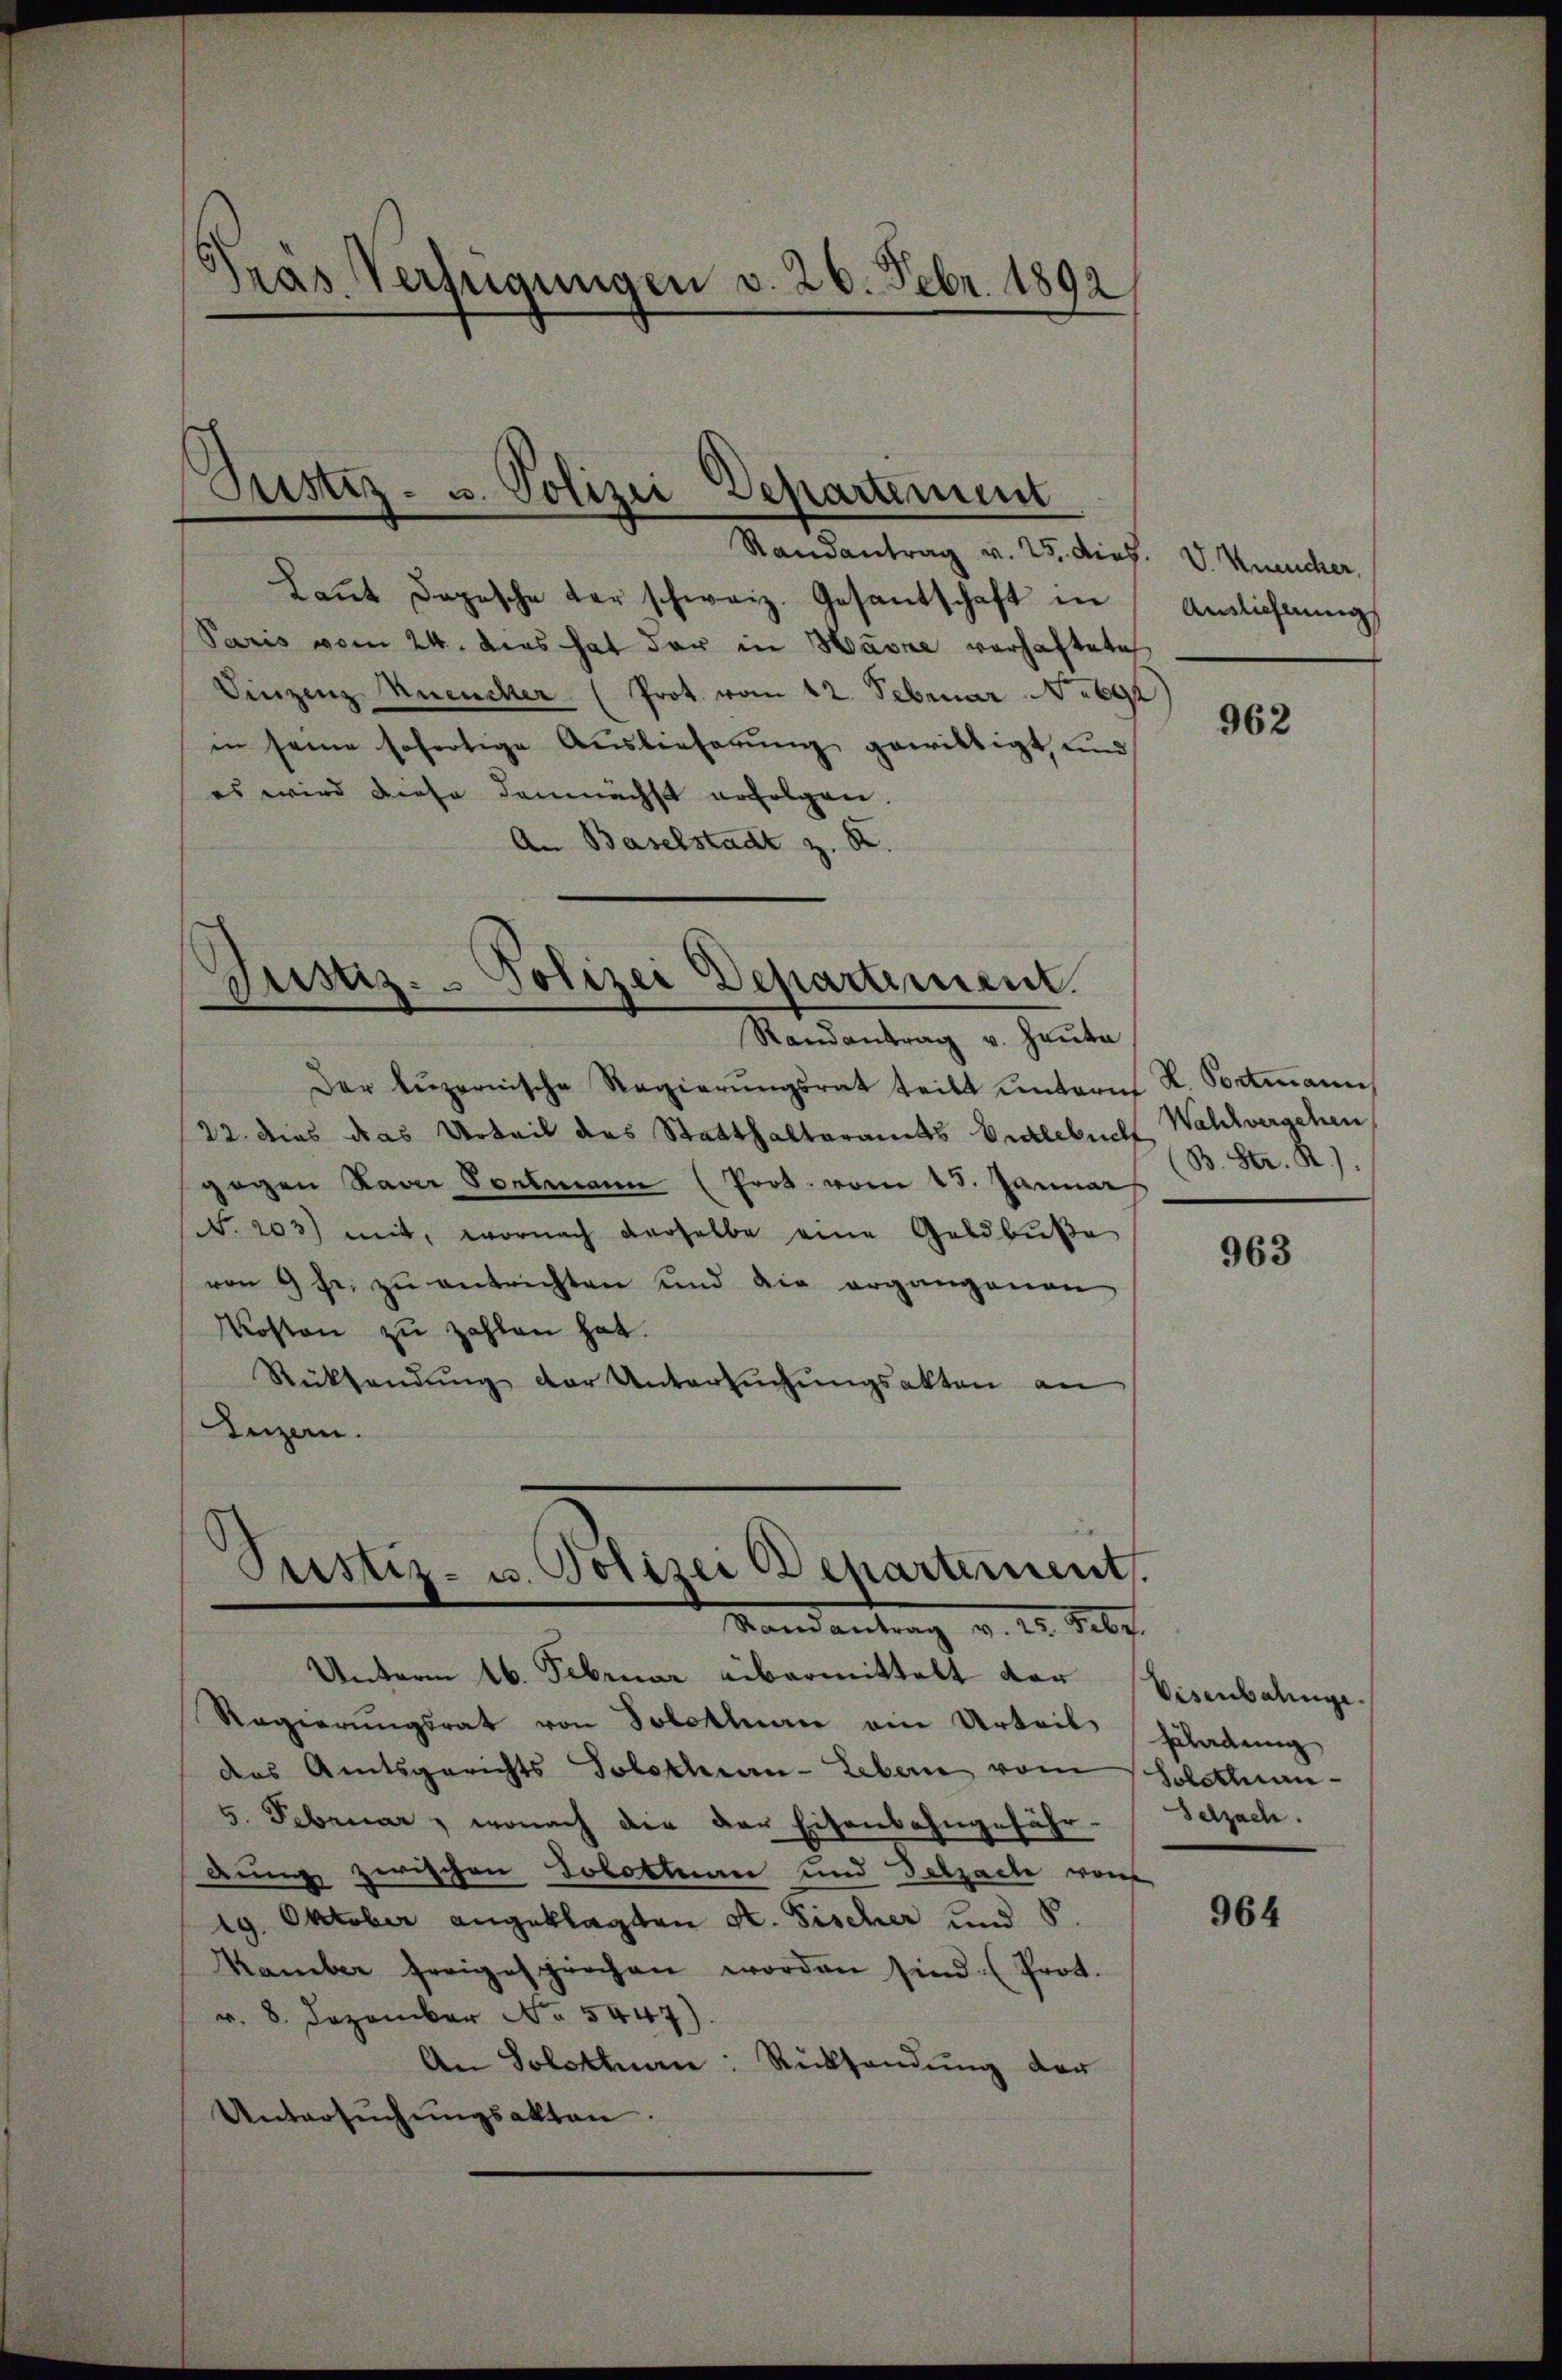
Pras Verfügungen v. 26. Febr. 1892

Justiz- u. Polizei Departement

Randantrag v. 25. dies
Laŭt Depesche der schweiz. Gesantschaft in
Paris vom 24. dies hat der in Havre verhaftete
Vinzenz Mueucher (Prot. vom 12. Februar No 69
in seine sofortige Auslieferŭng gewilligt, und
es wird diese demnächst erfolgen.
An Baselstadt z

Justiz-Polizei Departement.

Randantrag v. Hauta
Der Lŭzernische Regierŭngsrat teilt unternt H. Portmann
/22. dies das Urteil das Statthalteramts Entlebuch Wahlvergehen
gogen Paar Seelmann (Prot. vom 13. Januar
(N. 203) mit, wornach derselbe eine Geldbuße
von 9 Fr. zŭ entrichten und die ergangenen
Kosten zu zahlen hat.
Rücksendŭng der Untersŭchŭngsakten an
Luzern.
Mandantrag v. D. Prof.
Unterm 16. Februar übermittelt vor
Regierungsrat von Solothurn ein Urteil Erladung
das Amtsgerichts Solothian-Lebern vom Solothurn-
5. Februar, wonach die der Eisenbahngefähr-
dung zwischen Jobottuan und Salzache woh
19. Oktober angeklagten A. Fischer und S.
Kamber freigesprochen worden sind. (Prot.
v. 8. Dezember No 5447).
An Solothuen: Rücksendung der
Untersŭchŭngsakten.

Pustiz- u. Polizei Departement

V. Kneucher,
Auslieferung

962

(B. Str. R.)

963

Visenbalinge.
Selzach.

964